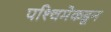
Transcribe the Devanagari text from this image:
पश्‍चिमेकडून